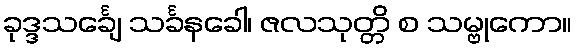
ခုဒ္ဒသင်္ချေ သင်္ခနခေါ၊ ဇလသုတ္တိ စ သမ္ဗုကော။